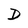
Character: D